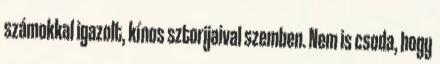
számokkal igazolt, kínos sztorijaival szemben. Nem is csoda, hogy